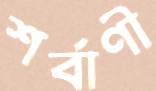
শর্বাণী